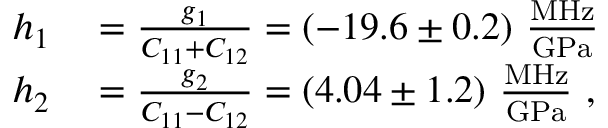
\begin{array} { r l } { h _ { 1 } } & { { } = \frac { g _ { 1 } } { C _ { 1 1 } + C _ { 1 2 } } = ( - 1 9 . 6 \pm 0 . 2 ) ~ \frac { \mathrm { M H z } } { \mathrm { G P a } } } \\ { h _ { 2 } } & { { } = \frac { g _ { 2 } } { C _ { 1 1 } - C _ { 1 2 } } = ( 4 . 0 4 \pm 1 . 2 ) ~ \frac { \mathrm { M H z } } { \mathrm { G P a } } \ , } \end{array}